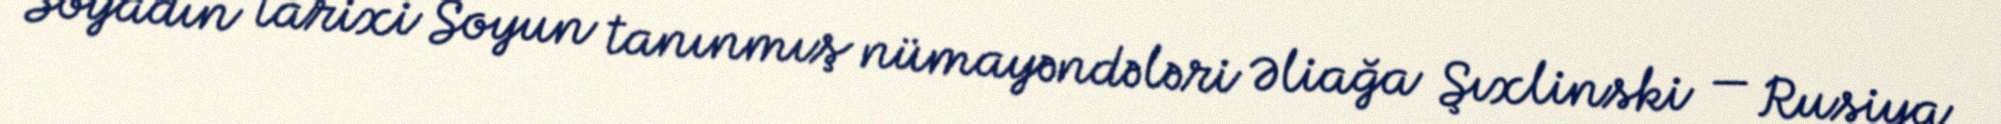
Soyadın tarixi Soyun tanınmış nümayəndələri Əliağa Şıxlinski — Rusiya